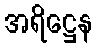
အရိဋ္ဌေန